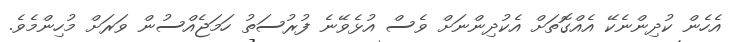
އެހެން ކުދިންނެކޭ އެއްގޮތަށް އެކުދިންނަށް ވެސް އުޅެވޭނެ ފުރުސަތު ހަމަޖެއްސުން ވަރަށް މުހިންމެވެ.